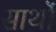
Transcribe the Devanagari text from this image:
सार्थो